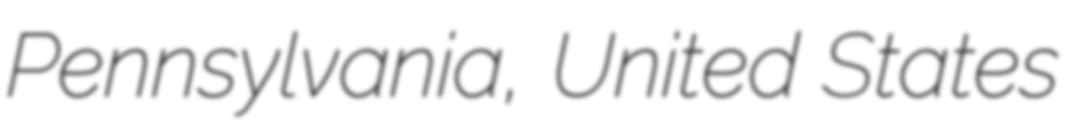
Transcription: Pennsylvania, United States